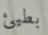
بطيئ